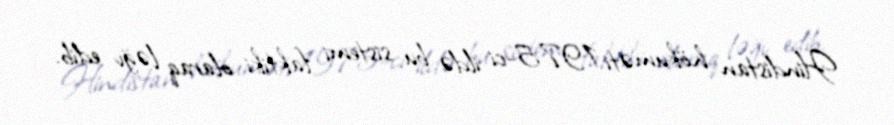
Hindistan hökuməti 1975-ci ildə bu sistemi faktiki olaraq ləğv edib.